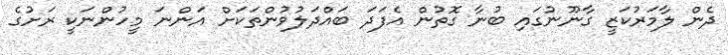
ދެން ލާމަރުކަޒީ ގާނޫނުގައި ބުނާ ގޮތުން އެފަދަ ބައްދަލުވުންތަކަށް އަންނަ މީހުންނަކީ ރަށުގެ